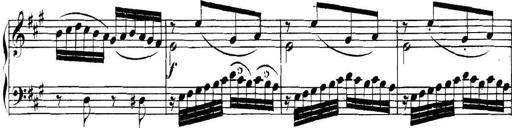
Title: Collected Piano Sonatas
Composer: Muzio Clementi